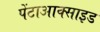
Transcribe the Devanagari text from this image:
पेंटाआक्साइड